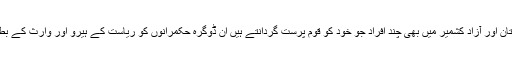
حیر ت کا ایک اور مقام ہے کہ پاکستان اور آزاد کشمیر میں بھی چند افراد جو خود کو قوم پرست گردانتے ہیں ان ڈوگرہ حکمرانوں کو ریاست کے ہیرو اور وارث کے بطور درجہ دلوانے میں تلے ہوئے ہیں۔